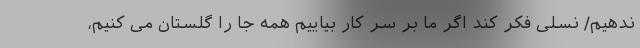
ندهیم/ نسلی فکر کند اگر ما بر سر کار بیاییم همه جا را گلستان می کنیم،